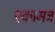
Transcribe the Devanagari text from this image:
एकामत्र